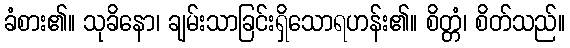
ခံစား၏။ သုခိနော၊ ချမ်းသာခြင်းရှိသောရဟန်း၏။ စိတ္တံ၊ စိတ်သည်။